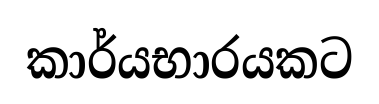
කාර්යභාරයකට